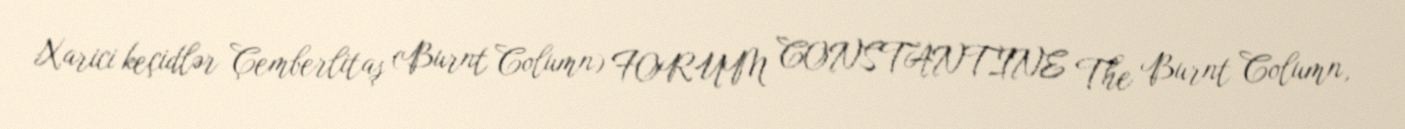
Xarici keçidlər Çemberlitaş (Burnt Column) FORUM CONSTANTINE The Burnt Column,